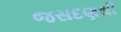
જસદણથી